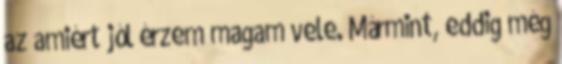
az amiért jól érzem magam vele. Mármint, eddig még